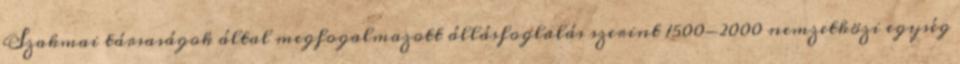
Szakmai társaságok által megfogalmazott állásfoglalás szerint 1500-2000 nemzetközi egység